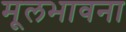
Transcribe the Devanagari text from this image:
मूलभावना